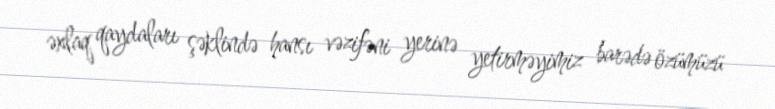
əxlaq qaydaları şəklində hansı vəzifəni yerinə yetirməyimiz barədə özümüzü